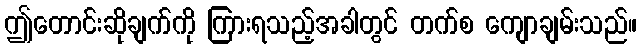
ဤတောင်းဆိုချက်ကို ကြားရသည့်အခါတွင် တက်စ ကျောချမ်းသည်။